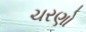
ચરણો